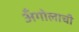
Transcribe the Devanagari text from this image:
अँगोलाची